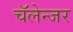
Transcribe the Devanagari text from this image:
चॅलेन्जर